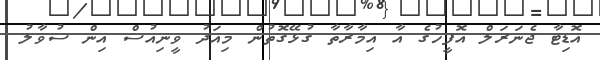
އޮޑިޓާ ޖެނަރަލް އޮފީހުގެ އާ އިމާރާތާ ގުޅޭގޮތުން މިއަދު ވީނިއުސް އިން ސުވާލު